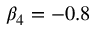
\beta _ { 4 } = - 0 . 8